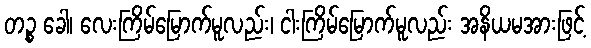
တဉ္စ ခေါ၊ လေးကြိမ်မြောက်မူလည်း၊ ငါးကြိမ်မြောက်မူလည်း အနိယမအားဖြင့်